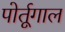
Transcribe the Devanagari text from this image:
पोर्तूगाल